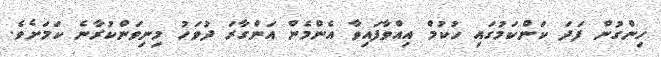
ހިންގުން ފަދަ ކަންކަމުގައި ހުކުމް އިއްވާފައިވާ އެންމެން އަންގާރަ ދުވަހު މިނިވަންކުރާނެ ކަމަށެވެ.